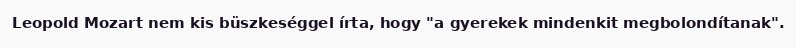
Leopold Mozart nem kis büszkeséggel írta, hogy "a gyerekek mindenkit megbolondítanak".